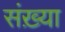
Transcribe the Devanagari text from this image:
संख़्या